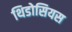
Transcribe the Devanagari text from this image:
थिडोसियस